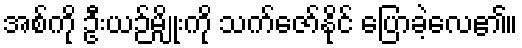
အစ်ကို ဦးယဉ်မျိုးကို သက်ဇော်နိုင် ပြောခဲ့လေ၏။